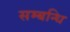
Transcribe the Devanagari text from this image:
सम्‍बन्‍धि